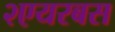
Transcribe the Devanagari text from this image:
२एयरबस